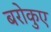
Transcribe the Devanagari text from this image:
बरोकुए